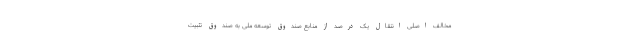
مخالف اصلی انتقال یک درصد از منابع صندوق توسعه ملی به صندوق تثبیت